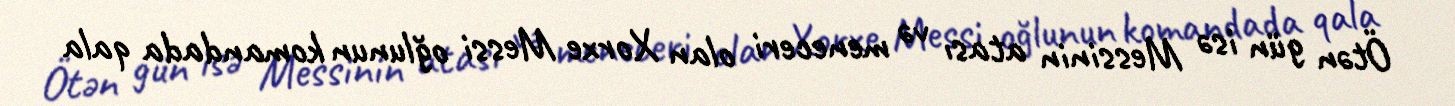
Ötən gün isə Messinin atası və meneceri olan Xorxe Messi oğlunun komandada qala